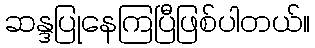
ဆန္ဒပြုနေကြပြီဖြစ်ပါတယ်။